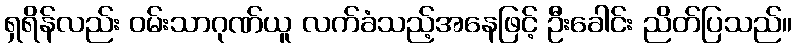
ရှရိန်လည်း ဝမ်းသာဂုဏ်ယူ လက်ခံသည့်အနေဖြင့် ဦးခေါင်း ညိတ်ပြသည်။